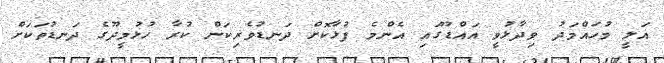
އަލީ މުހައްމަދު ވިދާޅުވީ އައްޑޫގައި އެންމެ ފުޅާކޮށް ދަނޑުވެރިކަން ކުރާ ހުޅުމީދޫގެ ދަނޑުތަކަަށް